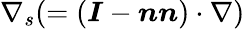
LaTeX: \nabla_{s}(=\left({\boldsymbol{I}}-{\boldsymbol{n}}{\boldsymbol{n}}\right)\cdot\nabla)